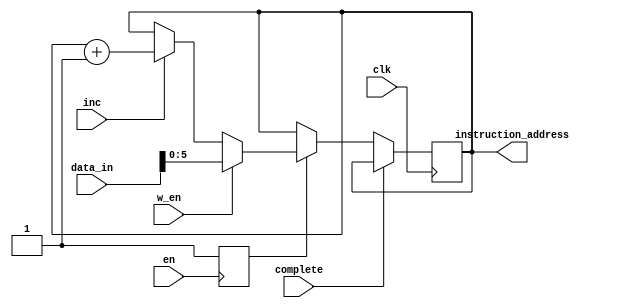
`timescale 1ns / 1ps


module ProgamCounter(
    input clk,
    input en,
    input w_en,
    input complete,
    input inc,
    input [31:0] data_in,
    output reg [5:0] instruction_address //input to instruction register and B bus mux
    );


    reg start=1'b0;
   
    always @(posedge en)
        start<=1'b1; 
   
     initial
        begin
            instruction_address=6'b0;   
        end
   
    always @(posedge clk)
        begin
            if (complete==1)
                begin
                instruction_address <= instruction_address;
                end
            else if (start)
                begin
                    if(w_en==1)
                        begin
                            instruction_address <= data_in[5:0];
                        end
                     else if (inc==1)
                         begin
                            instruction_address <= instruction_address+1;
                         end
                     else
                         begin
                            instruction_address<=instruction_address;
                         end
                 end  
        end
   
endmodule